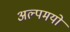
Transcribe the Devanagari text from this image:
अल्पमयो